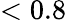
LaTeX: <0.8